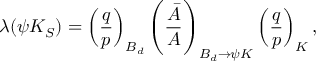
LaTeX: \lambda ( \psi K _ { S } ) = \left( \frac { q } { p } \right) _ { B _ { d } } \left( \frac { \bar { A } } { A } \right) _ { B _ { d } \rightarrow \psi K } \left( \frac { q } { p } \right) _ { K } ,